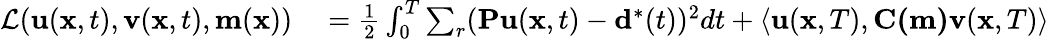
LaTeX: \begin{array}{rl}{\mathcal{L}(\mathbf{u}(\mathbf{x},t),\mathbf{v}(\mathbf{x},t),\mathbf{m}(\mathbf{x}))}&{{}=\frac{1}{2}\int_{0}^{T}\sum_{r}(\mathbf{Pu}(\mathbf{x},t)-\mathbf{d}^{*}(t))^{2}dt+\left\langle\mathbf{u}(\mathbf{x},T),\mathbf{C(m)}\mathbf{v}(\mathbf{x},T)\right\rangle}\end{array}